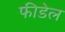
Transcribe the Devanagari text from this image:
फीडेल